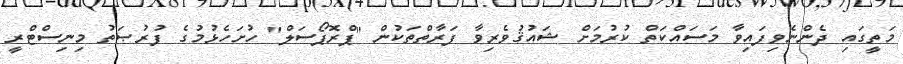
މަތީގައި ދެންނެވިފައިވާ މަސައްކަތް ކުރުމަށް ޝައުޤުވެރިވާ ފަރާތްތަކުން "ޕްރޮޕޯސަލް" ހުށަހެޅުމުގެ ފުރުޞަތު މިނިސްޓްރީ